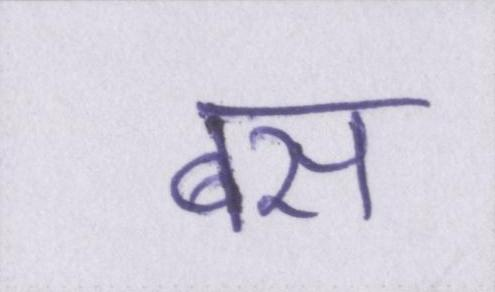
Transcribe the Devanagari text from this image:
बस